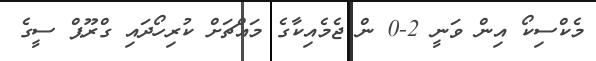
މެކްސިކޯ އިން ވަނީ 2-0 ން ޖެމެއިކާގެ މައްޗަށް ކުރިހޯދައި ގްރޫޕް ސީގެ